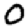
Digit: 0